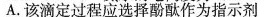
A.该滴定过程应选择酚酞作为指示剂